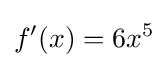
f'(x)=6x^{5}